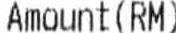
AMOUNT (RM)